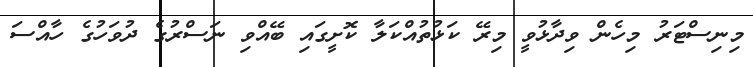
މިނިސްޓަރު މިހެން ވިދާޅުވީ މިރޭ ކަޅުތުއްކަލާ ކޮށީގައި ބޭއްވި ނަސްރުގެ ދުވަހުގެ ހާއްސަ